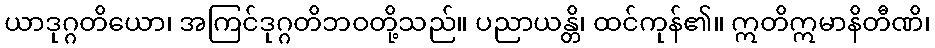
ယာဒုဂ္ဂတိယော၊ အကြင်ဒုဂ္ဂတိဘဝတို့သည်။ ပညာယန္တိ၊ ထင်ကုန်၏။ ဣတိဣမာနိတီဏိ၊